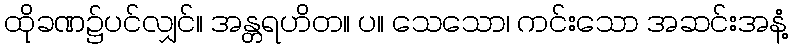
ထိုခဏ၌ပင်လျှင်။ အန္တရဟိတ။ ပ။ သေသော၊ ကင်းသော အဆင်းအနံ့